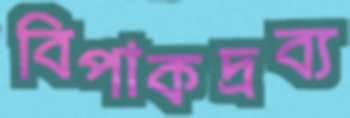
বিপাকদ্রব্য